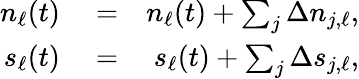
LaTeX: \begin{array}{rlr}{n_{\ell}(t)}&{{}=}&{n_{\ell}(t)+\sum_{j}\Delta n_{j,\ell},}\\ {s_{\ell}(t)}&{{}=}&{s_{\ell}(t)+\sum_{j}\Delta s_{j,\ell},}\end{array}